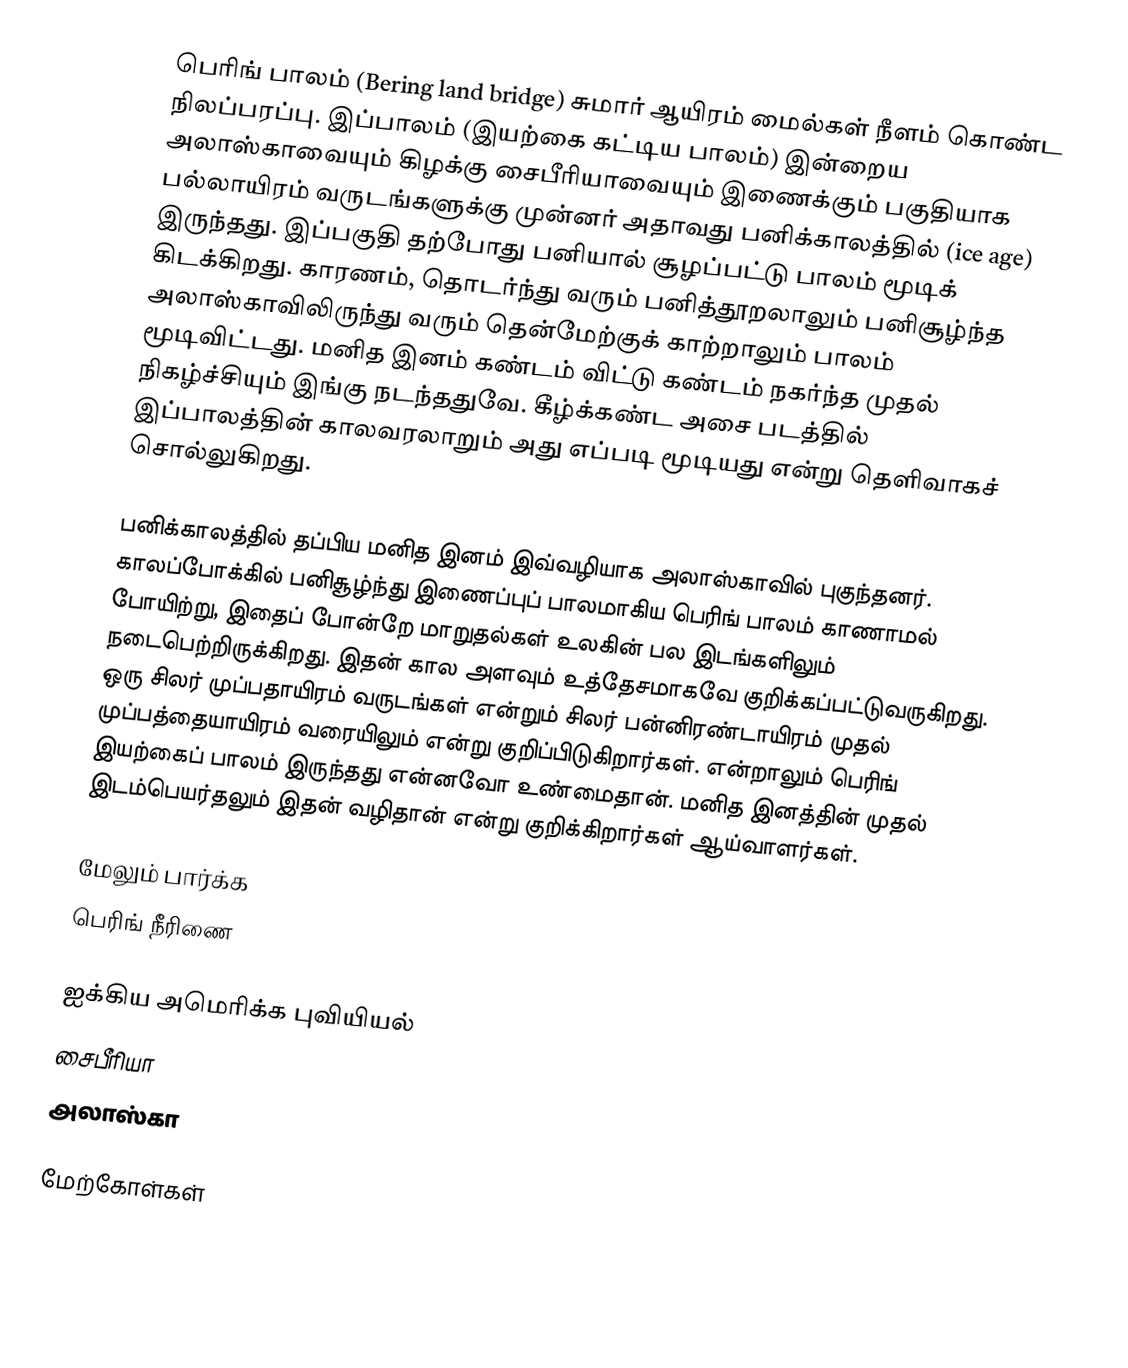
பெரிங் பாலம் (Bering land bridge) சுமார் ஆயிரம் மைல்கள் நீளம் கொண்ட நிலப்பரப்பு. இப்பாலம் (இயற்கை கட்டிய பாலம்) இன்றைய அலாஸ்காவையும் கிழக்கு சைபீரியாவையும் இணைக்கும் பகுதியாக பல்லாயிரம் வருடங்களுக்கு முன்னர் அதாவது பனிக்காலத்தில் (ice age) இருந்தது. இப்பகுதி தற்போது பனியால் சூழப்பட்டு பாலம் மூடிக் கிடக்கிறது. காரணம், தொடர்ந்து வரும் பனித்தூறலாலும் பனிசூழ்ந்த அலாஸ்காவிலிருந்து வரும் தென்மேற்குக் காற்றாலும் பாலம் மூடிவிட்டது. மனித இனம் கண்டம் விட்டு கண்டம் நகர்ந்த முதல் நிகழ்ச்சியும் இங்கு நடந்ததுவே. கீழ்க்கண்ட அசை படத்தில் இப்பாலத்தின் காலவரலாறும் அது எப்படி மூடியது என்று தெளிவாகச் சொல்லுகிறது.

பனிக்காலத்தில் தப்பிய மனித இனம் இவ்வழியாக அலாஸ்காவில் புகுந்தனர். காலப்போக்கில் பனிசூழ்ந்து இணைப்புப் பாலமாகிய பெரிங் பாலம் காணாமல் போயிற்று, இதைப் போன்றே மாறுதல்கள் உலகின் பல இடங்களிலும் நடைபெற்றிருக்கிறது. இதன் கால அளவும் உத்தேசமாகவே குறிக்கப்பட்டுவருகிறது. ஒரு சிலர் முப்பதாயிரம் வருடங்கள் என்றும் சிலர் பன்னிரண்டாயிரம் முதல் முப்பத்தையாயிரம் வரையிலும் என்று குறிப்பிடுகிறார்கள். என்றாலும் பெரிங் இயற்கைப் பாலம் இருந்தது என்னவோ உண்மைதான். மனித இனத்தின் முதல் இடம்பெயர்தலும் இதன் வழிதான் என்று குறிக்கிறார்கள் ஆய்வாளர்கள்.

மேலும் பார்க்க
 பெரிங் நீரிணை

ஐக்கிய அமெரிக்க புவியியல்
சைபீரியா
அலாஸ்கா

மேற்கோள்கள்